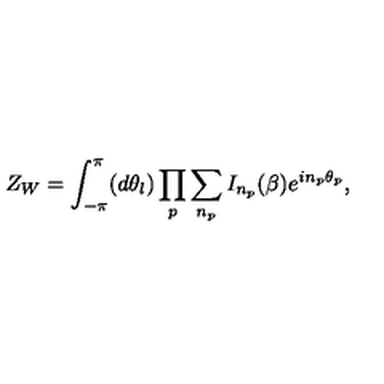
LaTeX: Z _ { W } = \int _ { - \pi } ^ { \pi } ( d \theta _ { l } ) \prod _ { p } \sum _ { n _ { p } } I _ { n _ { p } } ( \beta ) e ^ { i n _ { p } { \theta } _ { p } } ,